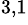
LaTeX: ^{3,1}